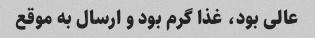
عالی بود، غذا گرم بود و ارسال به موقع